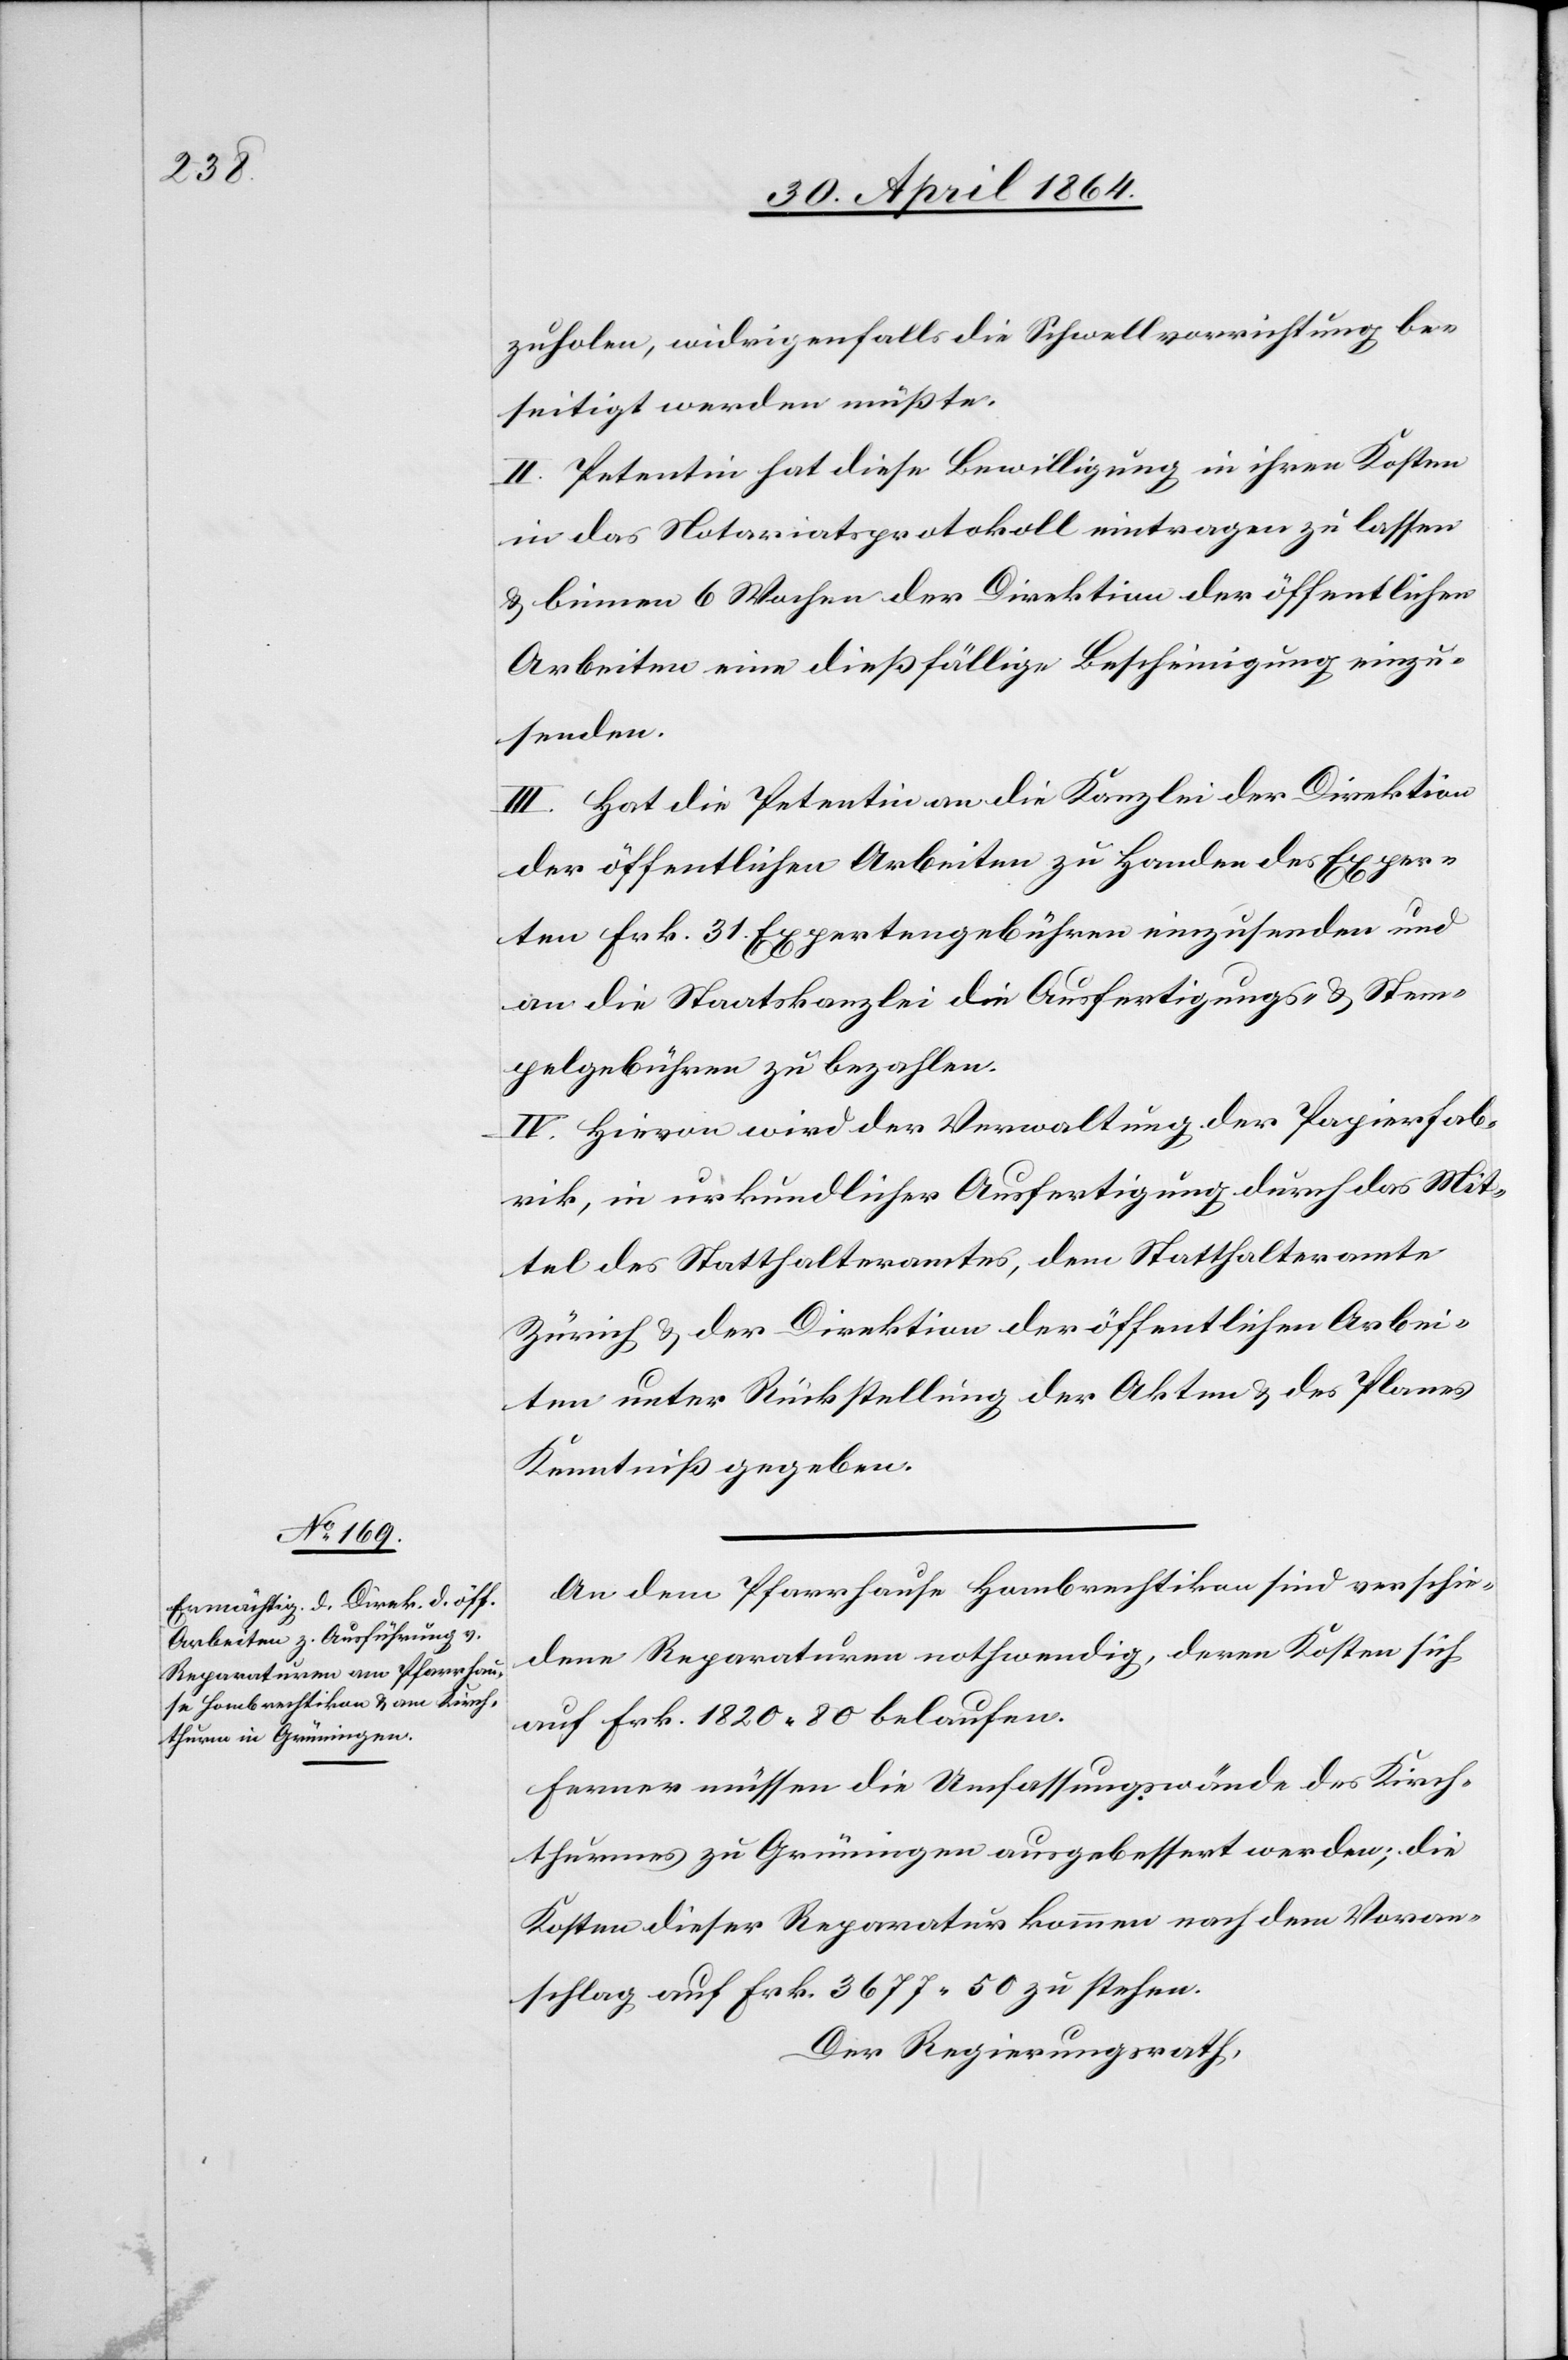
zuholen, widrigenfalls die Schwellvorrichtung be¬
seitigt werden müßte.
II. Petentin hat diese Bewilligung in ihren Kosten
in das Notariatsprotokoll eintragen zu lassen
u. binnen 6 Wochen der Direktion der öffentlichen
Arbeiten eine dießfällige Bescheinigung einzu¬
senden.
III. Hat die Petentin an die Kanzlei der Direktion
der öffentlichen Arbeiten zu Handen der Exper¬
ten Frk. 31 Expertengebühren einzusenden und
an die Staatskanzlei die Ausfertigungs- u. Stem¬
pelgebühren zu bezahlen.
IV. Hievon wird der Verwaltung der Papierfab¬
rik, in urkundlicher Ausfertigung durch das Mit¬
tel des Statthalteramtes, dem Statthalteramte
Zürich u. der Direktion der öffentlichen Arbei¬
ten unter Rückstellung der Akten u. des Planes
Kenntniß gegeben.
An dem Pfarrhause Hombrechtikon sind verschie¬
dene Reparaturen nothwendig, deren Kosten sich
auf Frk. 1820 80 belaufen.
Ferner müssen die Umfassungswände des Kirch¬
thurmes zu Grüningen ausgebessert werden; die
Kosten dieser Reparatur kommen nach dem Voran¬
schlag auf Frk. 3677 50 zu stehen.
Der Regierungsrath,